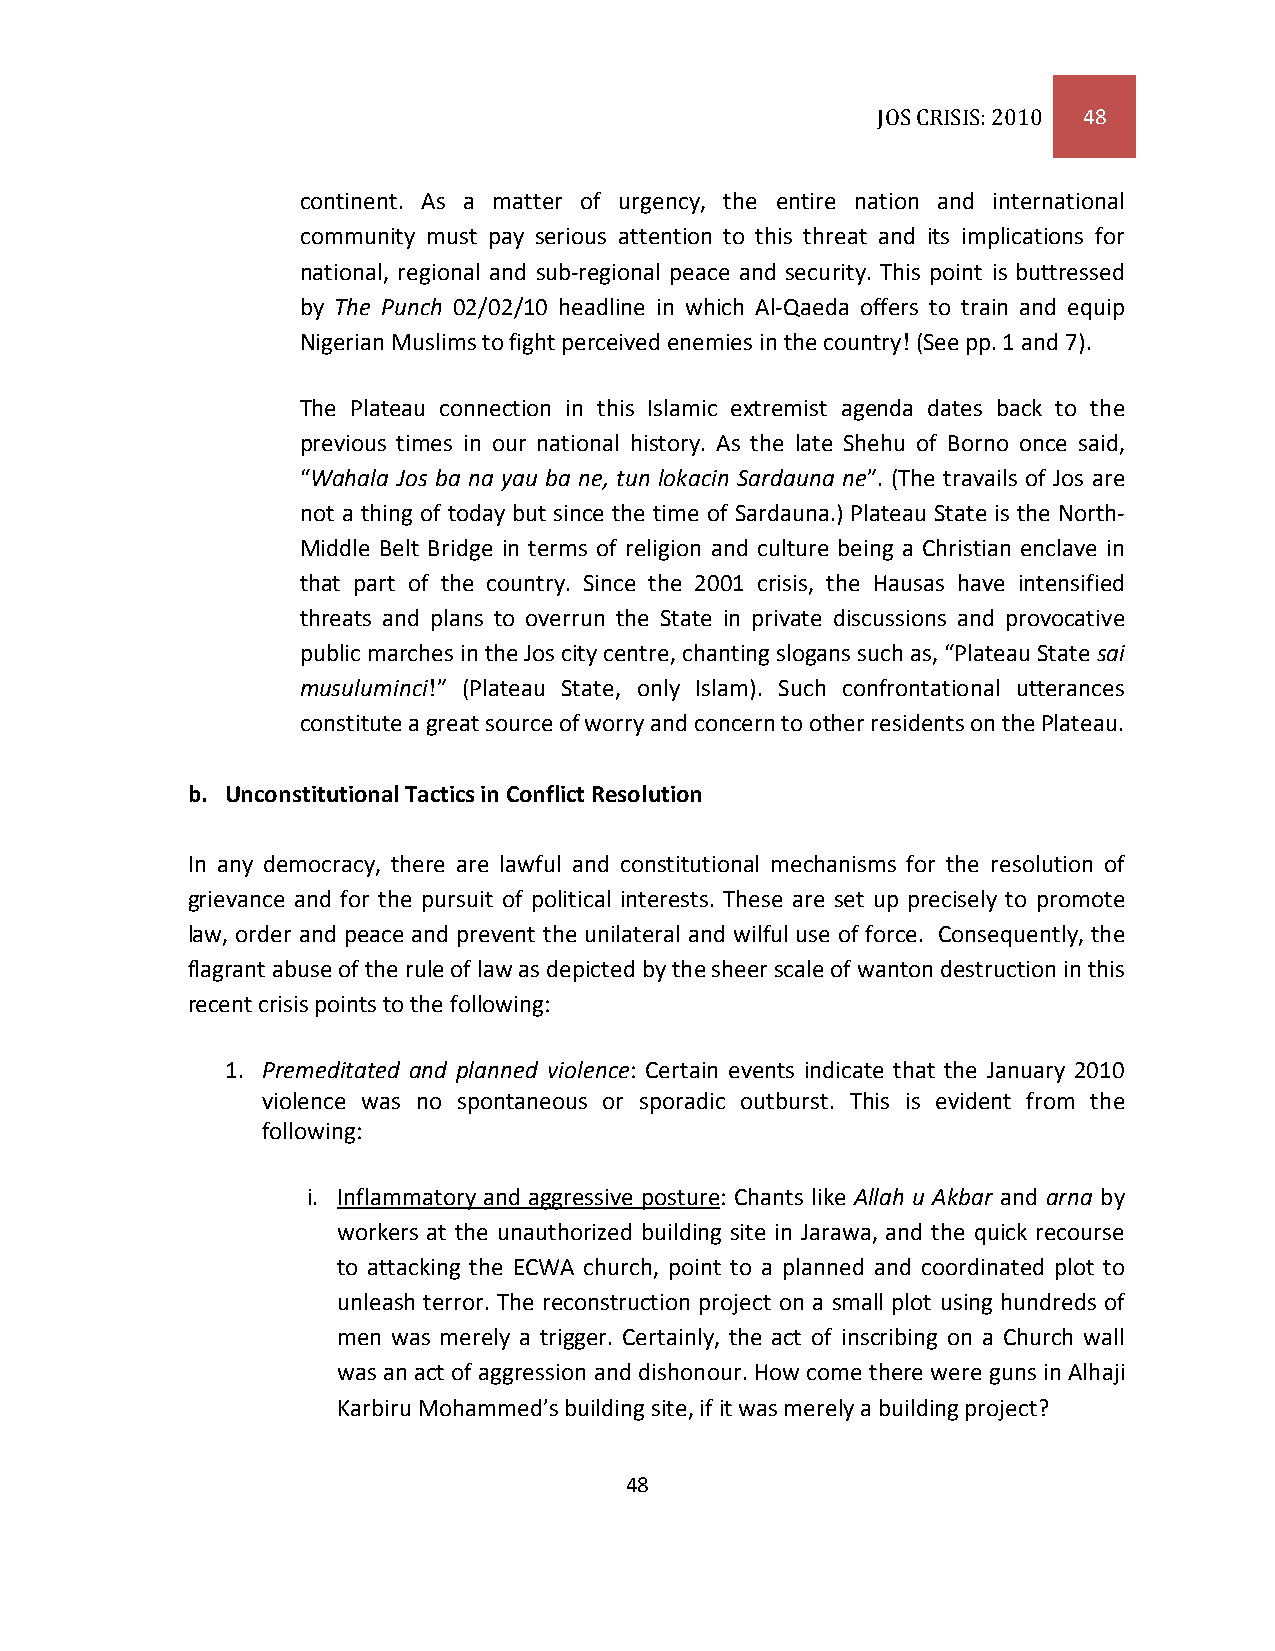
JOS CRISIS: 2010 48
 continent. As a matter of urgency, the entire nation and international
 community must pay serious attention to this threat and its implications for
 national, regional and sub-regional peace and security. This point is buttressed
 by The Punch 02/02/10 headline in which Al-Qaeda offers to train and equip
 Nigerian Muslims to fight perceived enemies in the country! (See pp. 1 and 7).
 The Plateau connection in this Islamic extremist agenda dates back to the
 previous times in our national history. As the late Shehu of Borno once said,
 “Wahala Jos ba na yau ba ne, tun lokacin Sardauna ne”. (The travails of Jos are
 not a thing of today but since the time of Sardauna.) Plateau State is the North-
 Middle Belt Bridge in terms of religion and culture being a Christian enclave in
 that part of the country. Since the 2001 crisis, the Hausas have intensified
 threats and plans to overrun the State in private discussions and provocative
 public marches in the Jos city centre, chanting slogans such as, “Plateau State sai
 musuluminci!” (Plateau State, only Islam). Such confrontational utterances
 constitute a great source of worry and concern to other residents on the Plateau.
 b. Unconstitutional Tactics in Conflict Resolution
 In any democracy, there are lawful and constitutional mechanisms for the resolution of
 grievance and for the pursuit of political interests. These are set up precisely to promote
 law, order and peace and prevent the unilateral and wilful use of force. Consequently, the
 flagrant abuse of the rule of law as depicted by the sheer scale of wanton destruction in this
 recent crisis points to the following:
 1. Premeditated and planned violence: Certain events indicate that the January 2010
 violence was no spontaneous or sporadic outburst. This is evident from the
 following:
 i. Inflammatory and aggressive posture: Chants like Allah u Akbar and arna by
 workers at the unauthorized building site in Jarawa, and the quick recourse
 to attacking the ECWA church, point to a planned and coordinated plot to
 unleash terror. The reconstruction project on a small plot using hundreds of
 men was merely a trigger. Certainly, the act of inscribing on a Church wall
 was an act of aggression and dishonour. How come there were guns in Alhaji
 Karbiru Mohammed’s building site, if it was merely a building project?
 48